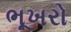
ભૂખરો